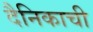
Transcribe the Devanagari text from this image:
दैनिकाची